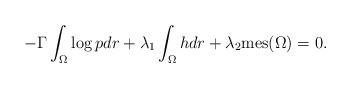
LaTeX: \begin{align*} -\Gamma\int_{\Omega}{\log{p}dr}+\lambda_1\int_{\Omega}{{h}dr}+\lambda_{2}\mathrm{mes}(\Omega) = 0.\end{align*}